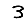
Digit: 3